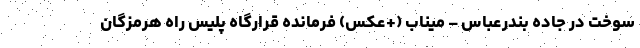
سوخت در جاده بندرعباس – میناب (+عکس) فرمانده قرارگاه پلیس راه هرمزگان